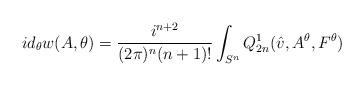
LaTeX: \begin{align*}id_{\theta}w(A,\theta)=\frac{i^{n+2}}{(2\pi)^{n}(n+1)!}\int_{S^{n}}Q^{1}_{2n}(\hat{v},A^{\theta},F^{\theta})\end{align*}